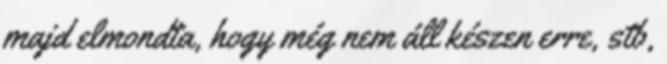
majd elmondta, hogy még nem áll készen erre, stb,